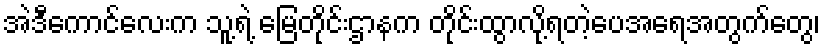
အဲဒီကောင်လေးက သူ့ရဲ့ မြေတိုင်းဌာနက တိုင်းထွာလို့ရတဲ့ပေအရေအတွက်တွေ၊